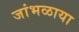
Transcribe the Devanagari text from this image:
जांभळाया